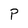
Character: P